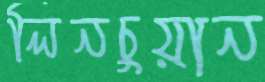
লিনচুয়ান